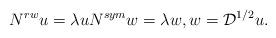
LaTeX: \begin{align*}N^{rw}u = \lambda u N^{sym} w = \lambda w, w = \mathcal{D}^{1/2}u.\end{align*}